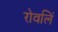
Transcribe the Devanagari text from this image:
रोवलिं